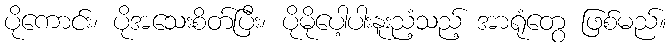
ပိုကောင်း၊ ပိုအသေးစိတ်ပြီး၊ ပိုမိုပေါ့ပါးနူးညံ့သည့် အာရုံတွေ ဖြစ်မည်။